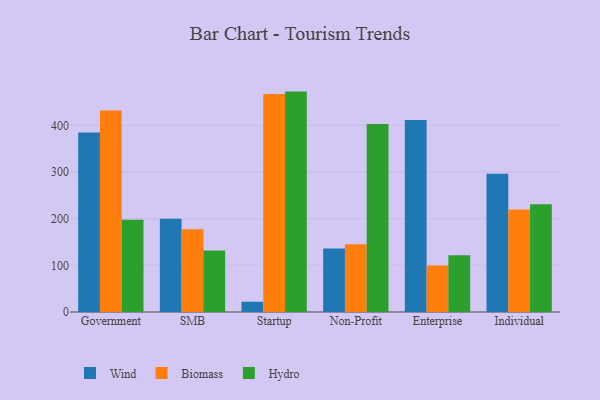
{"axis": {"x": "Segment", "y": "LTV (USD)"}, "legend": ["Biomass", "Hydro", "Wind"], "data": [{"x": "Government", "y": 384.5, "type": "Wind"}, {"x": "Government", "y": 431.6, "type": "Biomass"}, {"x": "Government", "y": 197.8, "type": "Hydro"}, {"x": "SMB", "y": 199.6, "type": "Wind"}, {"x": "SMB", "y": 177.1, "type": "Biomass"}, {"x": "SMB", "y": 131.6, "type": "Hydro"}, {"x": "Startup", "y": 22.0, "type": "Wind"}, {"x": "Startup", "y": 467.1, "type": "Biomass"}, {"x": "Startup", "y": 472.2, "type": "Hydro"}, {"x": "Non-Profit", "y": 136.1, "type": "Wind"}, {"x": "Non-Profit", "y": 145.2, "type": "Biomass"}, {"x": "Non-Profit", "y": 402.8, "type": "Hydro"}, {"x": "Enterprise", "y": 411.6, "type": "Wind"}, {"x": "Enterprise", "y": 99.5, "type": "Biomass"}, {"x": "Enterprise", "y": 121.7, "type": "Hydro"}, {"x": "Individual", "y": 296.1, "type": "Wind"}, {"x": "Individual", "y": 219.6, "type": "Biomass"}, {"x": "Individual", "y": 230.6, "type": "Hydro"}]}